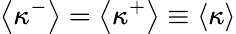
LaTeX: \left\langle\kappa^{-}\right\rangle=\left\langle\kappa^{+}\right\rangle\equiv\left\langle\kappa\right\rangle